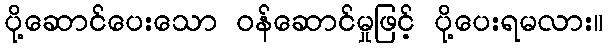
ပို့ဆောင်ပေးသော ဝန်ဆောင်မှုဖြင့် ပို့ပေးရမလား။